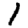
Digit: 1